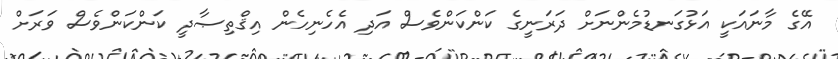
އޭގެ މާނައަކީ އަޅުގަނޑުމެންނަށް ދަރަނީގެ ކަންކަންވެސް އަދި އެހެނިހެން އިޤްތިޞާދީ ކަންކަންވެސް ވަރަށް